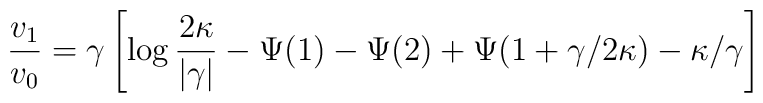
\frac{v_1}{v_0} =\gamma\left[ \log\frac{2\kappa}{|\gamma|} - \Psi(1)-\Psi(2)+\Psi(1+\gamma/2\kappa)-\kappa/\gamma\right]